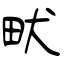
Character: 畎